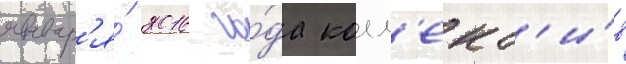
январ'я́ 2016 го́да колл'ект'и́в